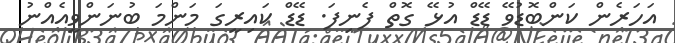
އަހަރެން ކަންބޮޑުވޭ ޑޭޑް އުޅޭ ގޮތް ފެނިފަ. ޑޭޑް ކައިރީގަ މަންމަ ބުނަންވީއެއްނު